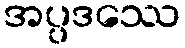
အပ္ပဒဿေ